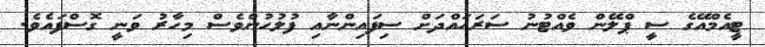
ޓީއެމްއޭގެ ސީ ޕްލޭން ވެއްޓުނު ސަރަހައްދަށް ސިފައިންނާއި ފުލުހުންވެސް މިހާރު ވަނީ ގޮސްފައެވެ.